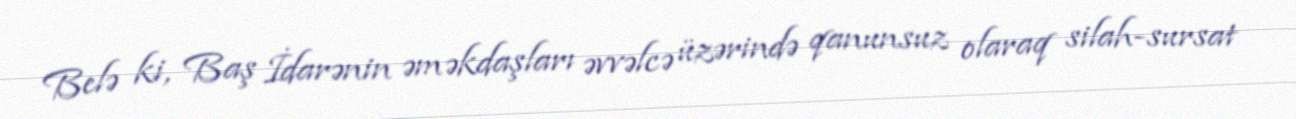
Belə ki, Baş İdarənin əməkdaşları əvvəlcə üzərində qanunsuz olaraq silah-sursat